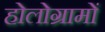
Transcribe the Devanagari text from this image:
होलोग्रामों